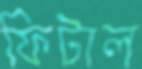
ফিটাল